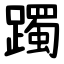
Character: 躅